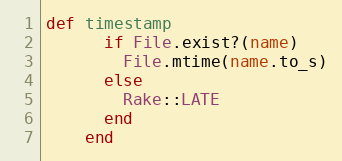
Language: Ruby
def timestamp
      if File.exist?(name)
        File.mtime(name.to_s)
      else
        Rake::LATE
      end
    end